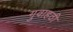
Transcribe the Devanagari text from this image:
गुवाहठी